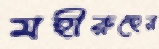
মহীরুহের